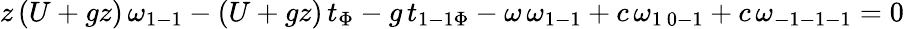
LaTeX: z\, (U+gz)\, \omega_{1-1}-(U+gz)\, t_{\Phi}-g\, t_{1-1\Phi}-\omega\, \omega_{1-1}+c\, \omega_{1\ 0-1}+c\, \omega_{-1-1-1}=0